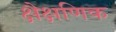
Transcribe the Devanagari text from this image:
क्षैक्षणिक